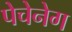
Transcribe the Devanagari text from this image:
पेचेनेग